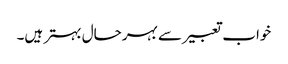
خواب تعبیر سے بہرحال بہتر ہیں۔